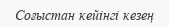
Соғыстан кейінгі кезең